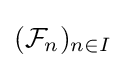
({\mathcal {F}}_{n})_{n\in I}